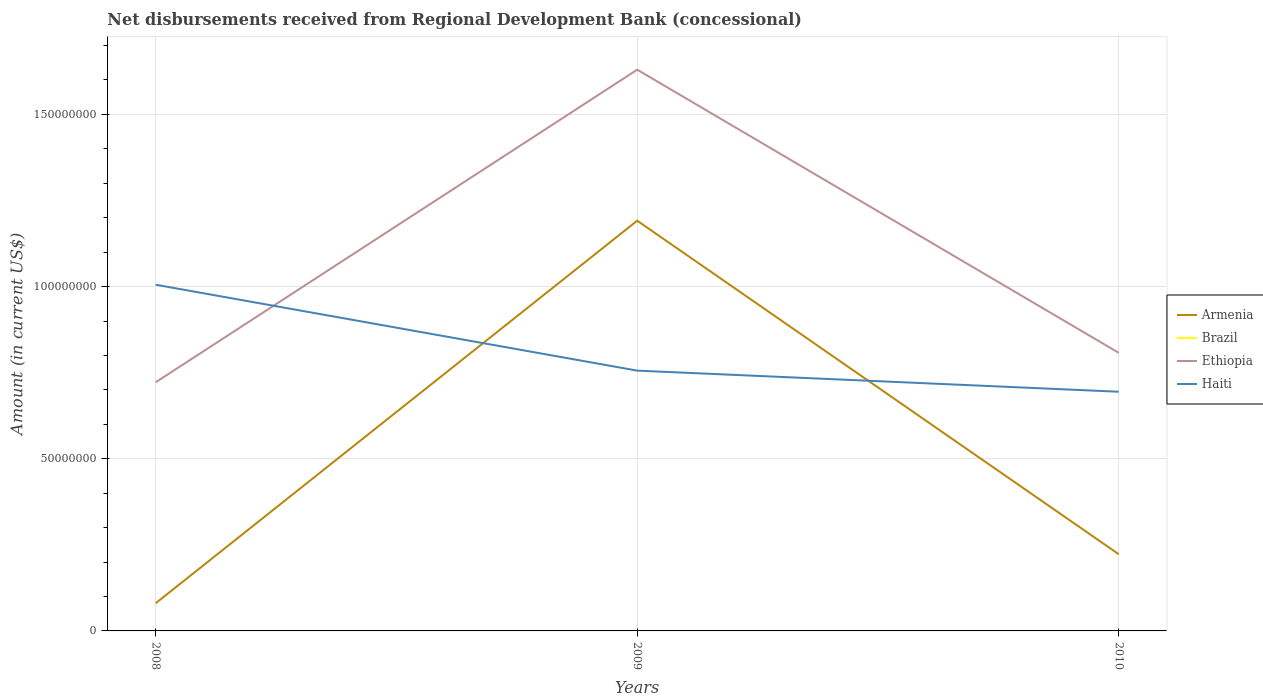
| Years | Armenia | Brazil | Ethiopia | Haiti |
 | --- | --- | --- | --- | --- |
 | 2008 | 8.03e+06 | -2.77e+07 | 7.22e+07 | 1.01e+08 |
 | 2009 | 1.19e+08 | -2.93e+07 | 1.63e+08 | 7.56e+07 |
 | 2010 | 2.23e+07 | -2.84e+07 | 8.08e+07 | 6.95e+07 |